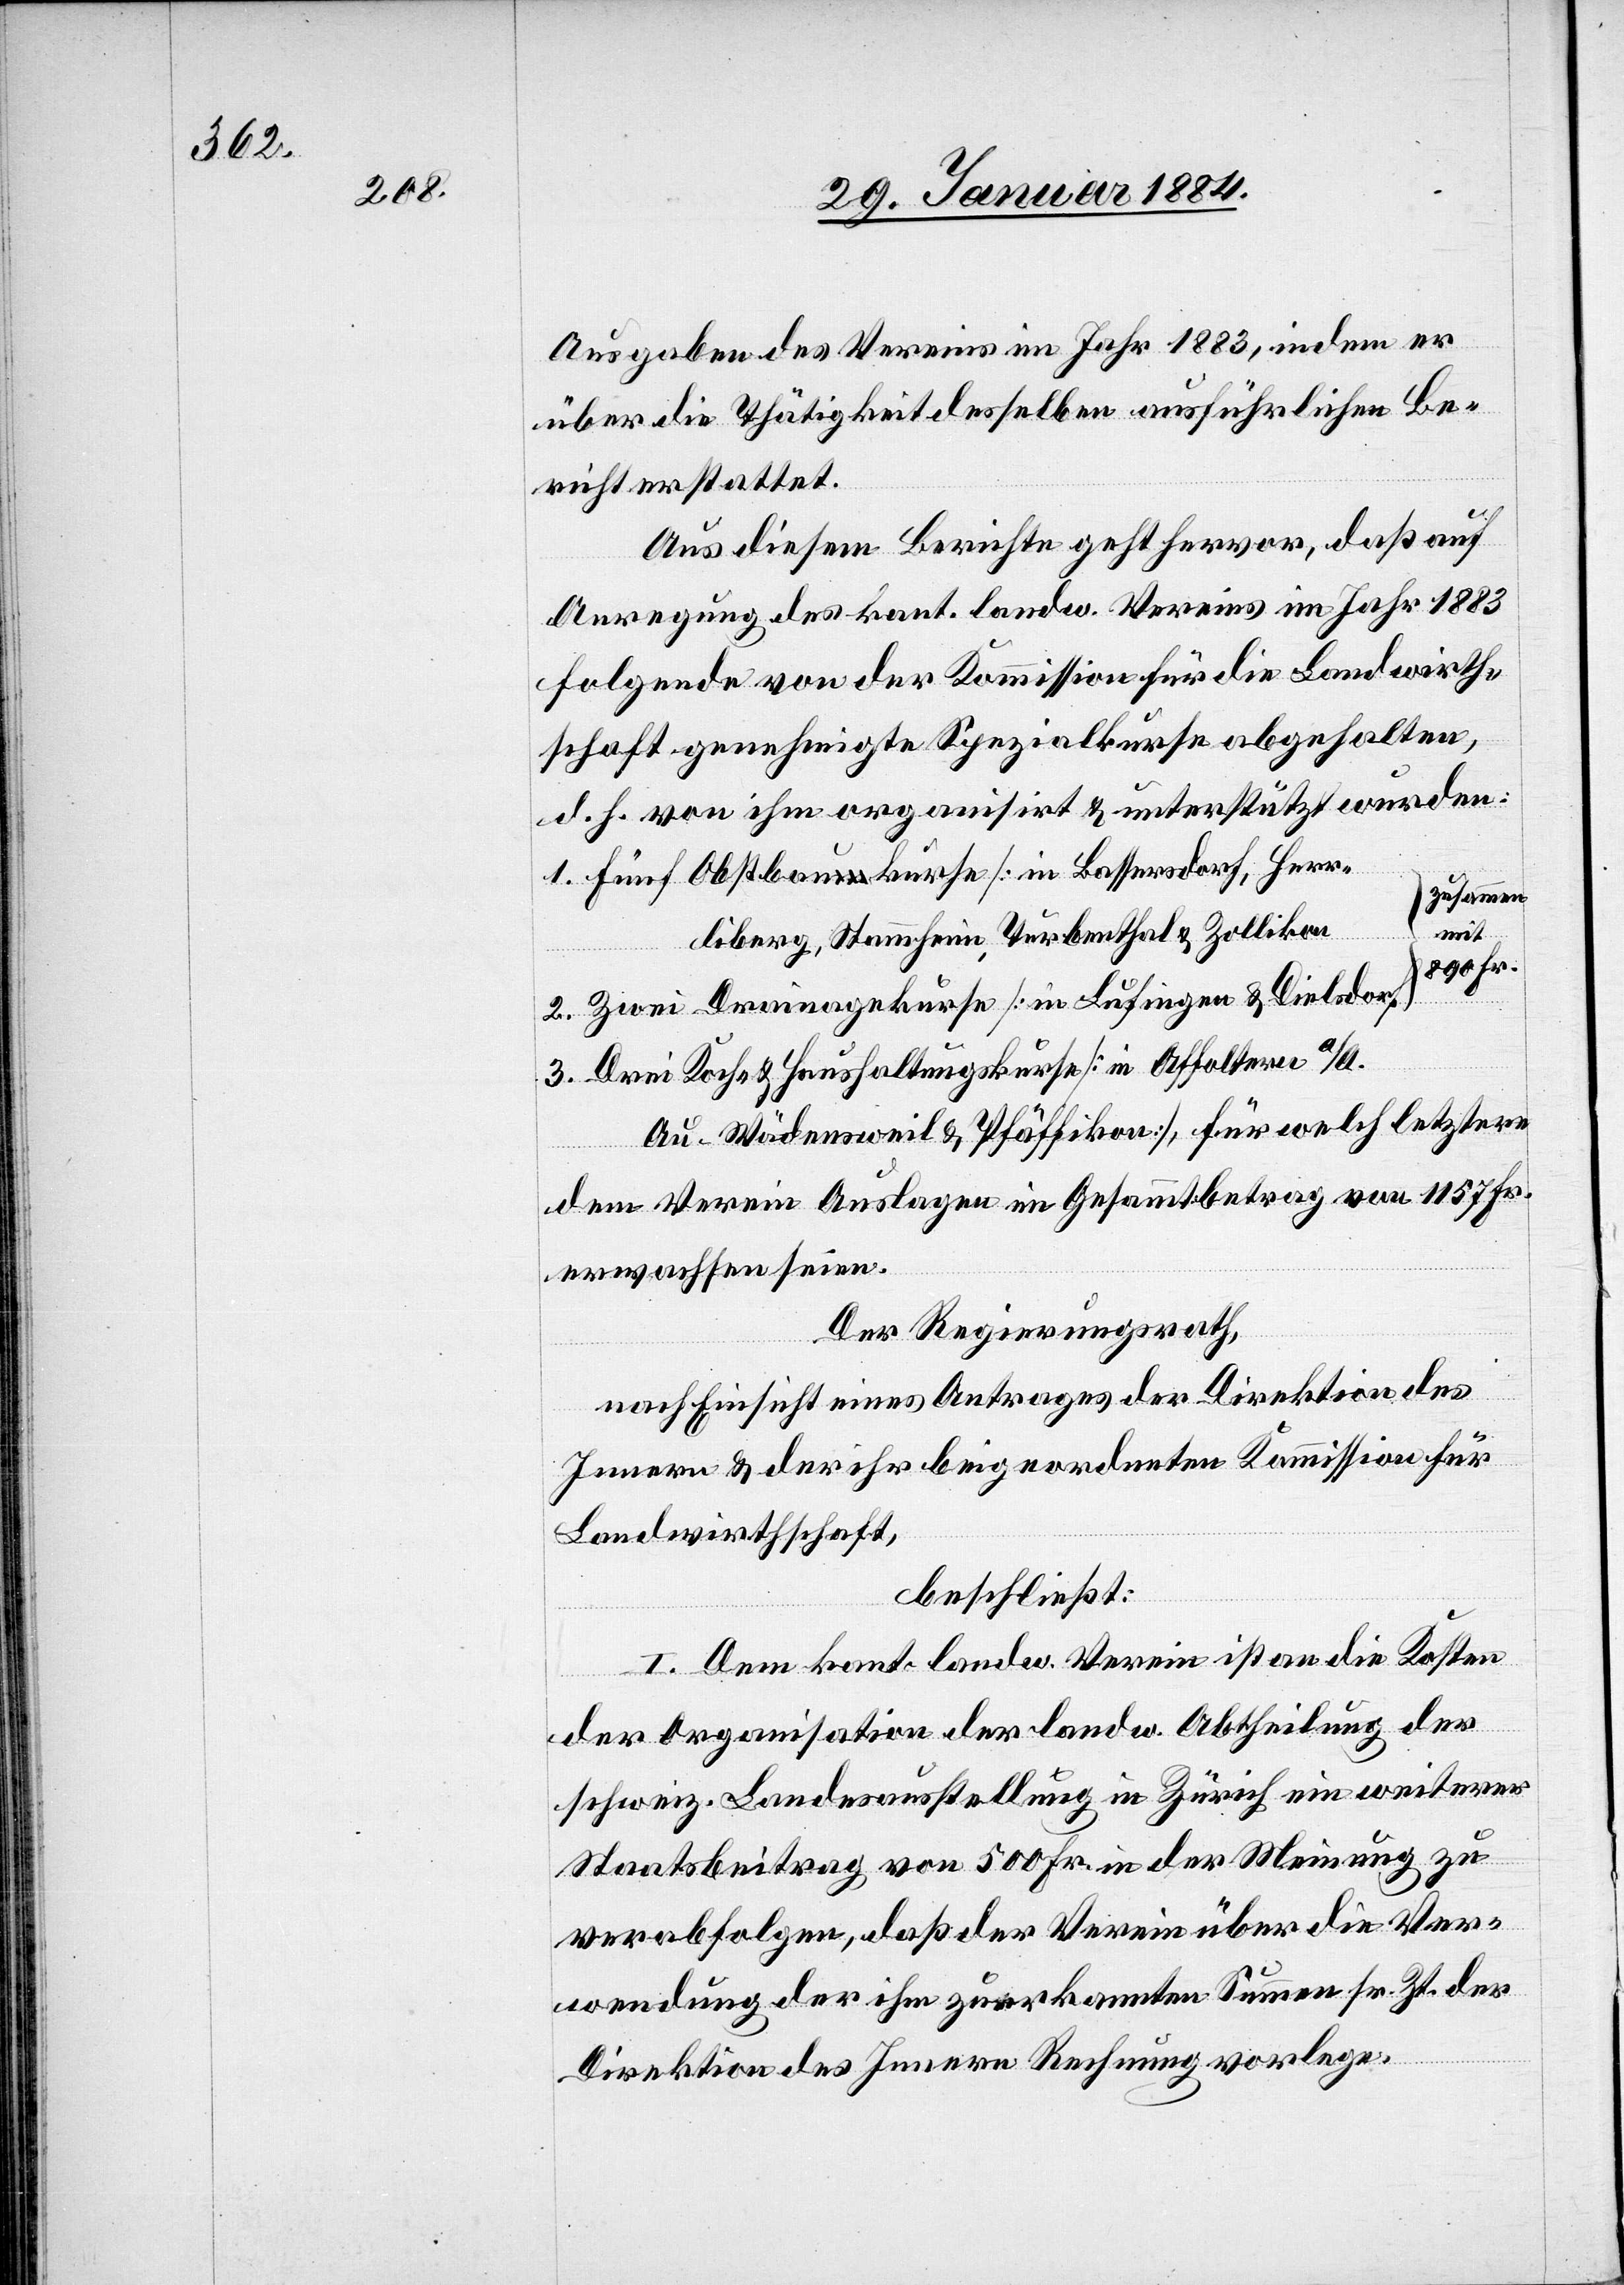
Ausgaben des Vereins im Jahr 1883, indem er
über die Thätigkeit desselben ausführlichen Be¬
richt erstattet.
Aus diesem Berichte geht hervor, daß auf
Anregung des kant. landw. Vereins im Jahr 1883
folgende von der Kommission für die Landwirth¬
schaft genehmigtem Spezialkurse abgehalten,
d. h. von ihm organisirt & unterstützt wurden:
fünf Obstbaukurse] in Bassersdorf, Herr¬
zusammen
mit
liberg, Stammheim, Turbenthal & Zollikon]
890 Fr.
Zwei Drainagekurse [in Lufingen, Dielsdorf]
Drei Koch- & Haushaltungskurse [in Affoltern a/A.,
dem Verein Auslagen in Gesammtbetrag von 1157 Fr.
erwachsen seien.
Der Regierungsrath,
&
nach Einsicht eines Antrages der Direktion des
Innern & der ihr beigeordneten Kommission für
Landwirthschaft,
beschließt:
I. Dem kant. landw. Verein ist an die Kosten
3.
der Organisation der landw. Abtheilung der
schweiz. Landesaustellung in Zürich ein weiterer
Staatsbeitrag von 500 Fr. in der Meinung zu
verabfolgen, daß der Verein über die Ver¬
wendung der ihm zuerkannten Summe sr. Zt. der
Direktion des Innern Rechnung vorlege.